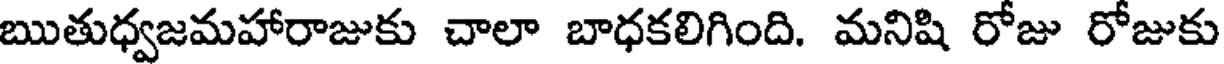
ఋతుధ్వజమహారాజుకు చాలా బాధకలిగింది. మనిషి రోజు రోజుకు